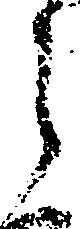
之